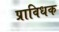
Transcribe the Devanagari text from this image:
प्राविधक